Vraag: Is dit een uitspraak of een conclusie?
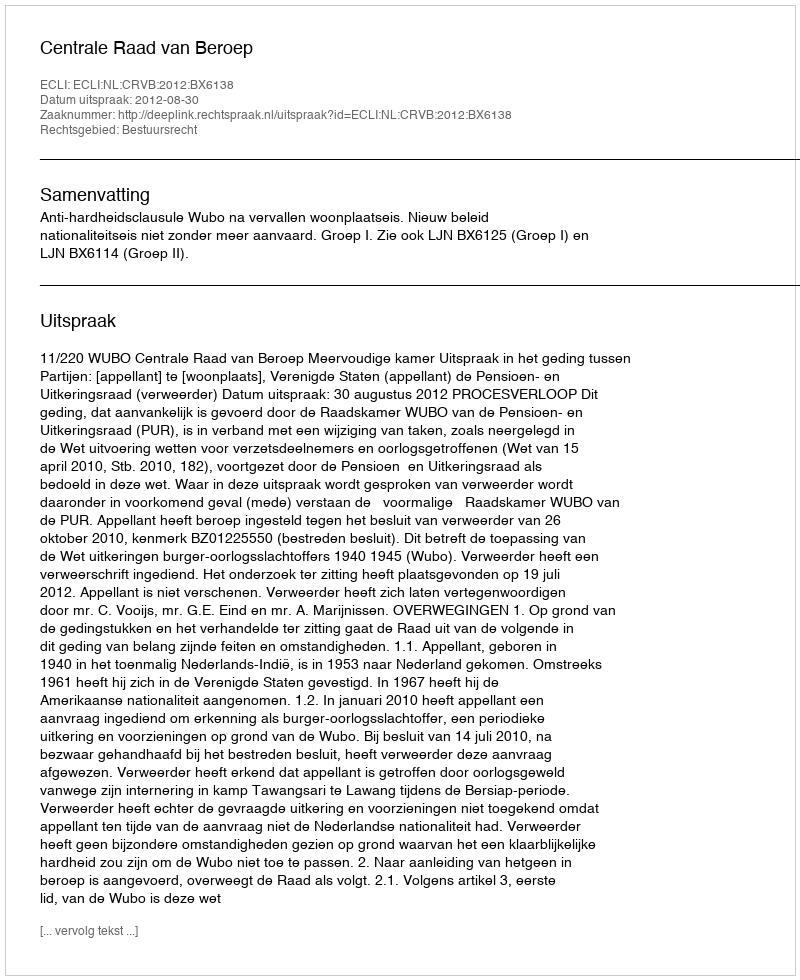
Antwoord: Uitspraak